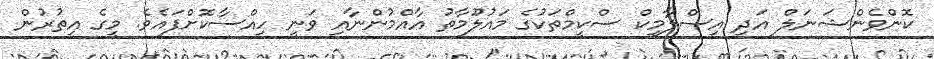
ކޮންވެންޝަނަލް އަދި އިސްލާމިކް ސްކީމްތަކުގެ މައުލޫމާތު އާއްމުންނާއި ވަނީ ހިއްސާކޮށްފައެވެ. މީގެ އިތުރުން